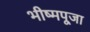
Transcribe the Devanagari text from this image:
भीष्मपूजा